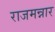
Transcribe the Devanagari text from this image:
राजमन्नार